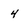
Character: 4